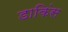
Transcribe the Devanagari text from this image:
डाकिंस